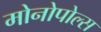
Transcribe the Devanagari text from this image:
मोनोपोल्स